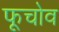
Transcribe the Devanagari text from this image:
फूचोव